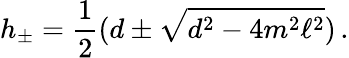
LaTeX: h_{\pm}=\frac{1}{2}(d\pm\sqrt{d^{2}-4m^{2}\ell^{2}})\, .